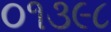
૦૧૩૯૮